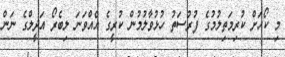
މި ކޯހަށް ކުރިމަތިލުމުގެ ފުރުސަތު ހުޅުވާލުމުން ކުރީގެ އެއްވަނަ ލިބެރޯ އަދީލްގެ ނަން